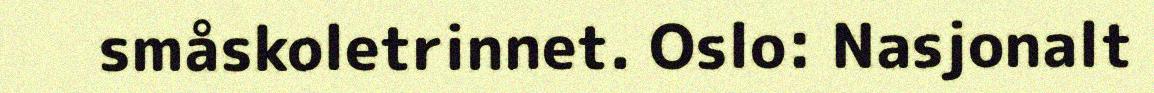
småskoletrinnet. Oslo: Nasjonalt